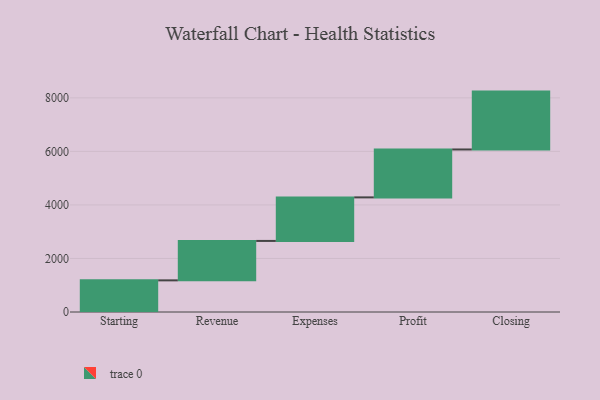
{"axis": {"x": "Step", "y": "Value"}, "legend": [""], "data": [{"x": "Starting", "y": 1182.0, "type": ""}, {"x": "Revenue", "y": 1473.0, "type": ""}, {"x": "Expenses", "y": 1627.0, "type": ""}, {"x": "Profit", "y": 1790.0, "type": ""}, {"x": "Closing", "y": 2162.0, "type": ""}]}